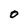
Character: O